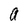
Character: a